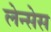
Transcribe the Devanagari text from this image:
लेन्सेस